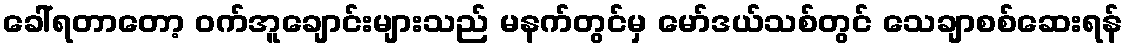
ခေါ်ရတာတော့ ဝက်အူချောင်းများသည် မနက်တွင်မှ မော်ဒယ်သစ်တွင် သေချာစစ်ဆေးရန်